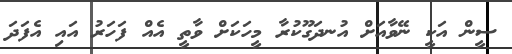
ސީން އަކީ ނޭވާއަށް އުނދަގޫކުރާ މީހަކަށް ވާތީ އެއް ފަހަރު އައި އެފަދަ